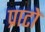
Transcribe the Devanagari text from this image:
प्राटो